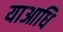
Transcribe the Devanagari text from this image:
याआधि